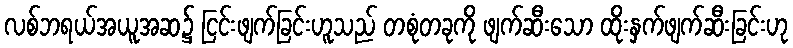
လစ်ဘရယ်အယူအဆ၌ ငြင်းဖျက်ခြင်းဟူသည် တစုံတခုကို ဖျက်ဆီးသော ထိုးနှက်ဖျက်ဆီးခြင်းဟု